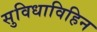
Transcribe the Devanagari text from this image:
सुविधाविहिन